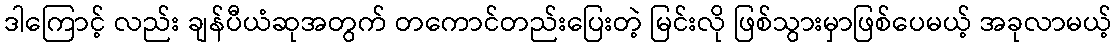
ဒါကြောင့် လည်း ချန်ပီယံဆုအတွက် တကောင်တည်းပြေးတဲ့ မြင်းလို ဖြစ်သွားမှာဖြစ်ပေမယ့် အခုလာမယ့်